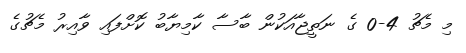
މި މެޗު 4-0 ގެ ނަތީޖާއަކުން ބާސާ ކާމިޔާބު ކޮށްފައި ވާއިރު މެޗުގެ